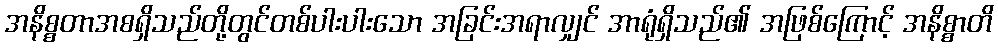
အနိစ္စတာအစရှိသည်တို့တွင်တစ်ပါးပါးသော အခြင်းအရာလျှင် အာရုံရှိသည်၏ အဖြစ်ကြောင့် အနိစ္စာတိ